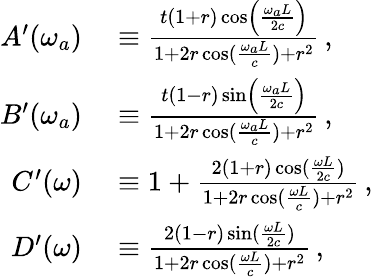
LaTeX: \begin{array}{rl}{A^{\prime}(\omega_{a})}&{{}\equiv\frac{t\left(1+r\right)\cos\left(\frac{\omega_{a}L}{2c}\right)}{1+2r\cos(\frac{\omega_{a}L}{c})+r^{2}}\, ,}\\ {B^{\prime}(\omega_{a})}&{{}\equiv\frac{t\left(1-r\right)\sin\left(\frac{\omega_{a}L}{2c}\right)}{1+2r\cos(\frac{\omega_{a}L}{c})+r^{2}}\, ,}\\ {C^{\prime}(\omega)}&{{}\equiv 1+\frac{2(1+r)\cos(\frac{\omega L}{2c})}{1+2r\cos(\frac{\omega L}{c})+r^{2}}\, ,}\\ {D^{\prime}(\omega)}&{{}\equiv\frac{2(1-r)\sin(\frac{\omega L}{2c})}{1+2r\cos(\frac{\omega L}{c})+r^{2}}\, ,}\end{array}